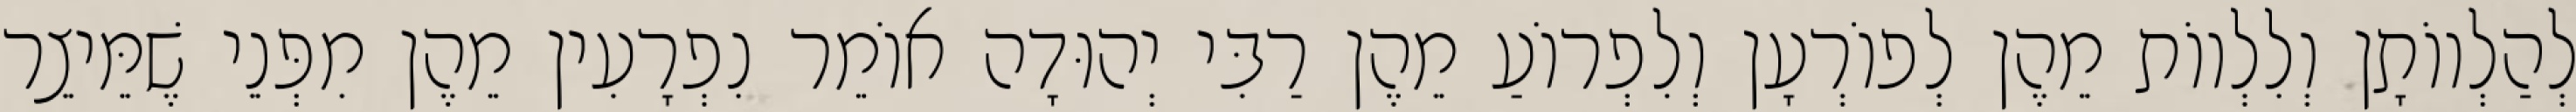
לְהַלְווֹתָן וְלִלְווֹת מֵהֶן לְפוֹרְעָן וְלִפְרוֹעַ מֵהֶן רַבִּי יְהוּדָה אוֹמֵר נִפְרָעִין מֵהֶן מִפְּנֵי שֶׁמֵּיצֵר